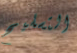
التسليح